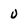
Character: 0